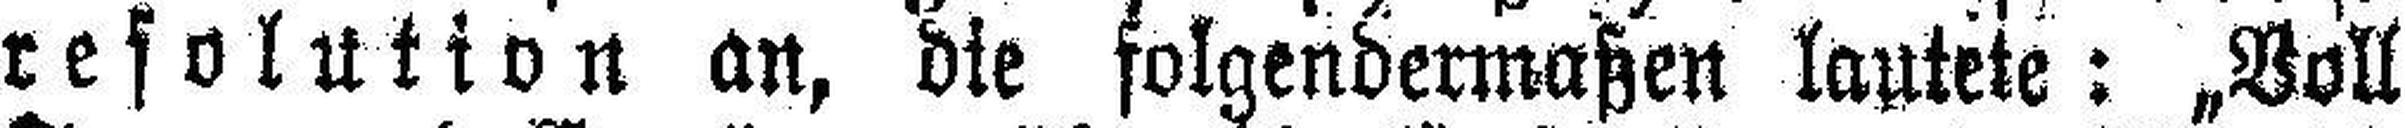
resolution an, die folgendermaßen lautete: „Voll